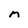
Character: M